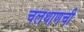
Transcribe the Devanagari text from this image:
चलथाणची